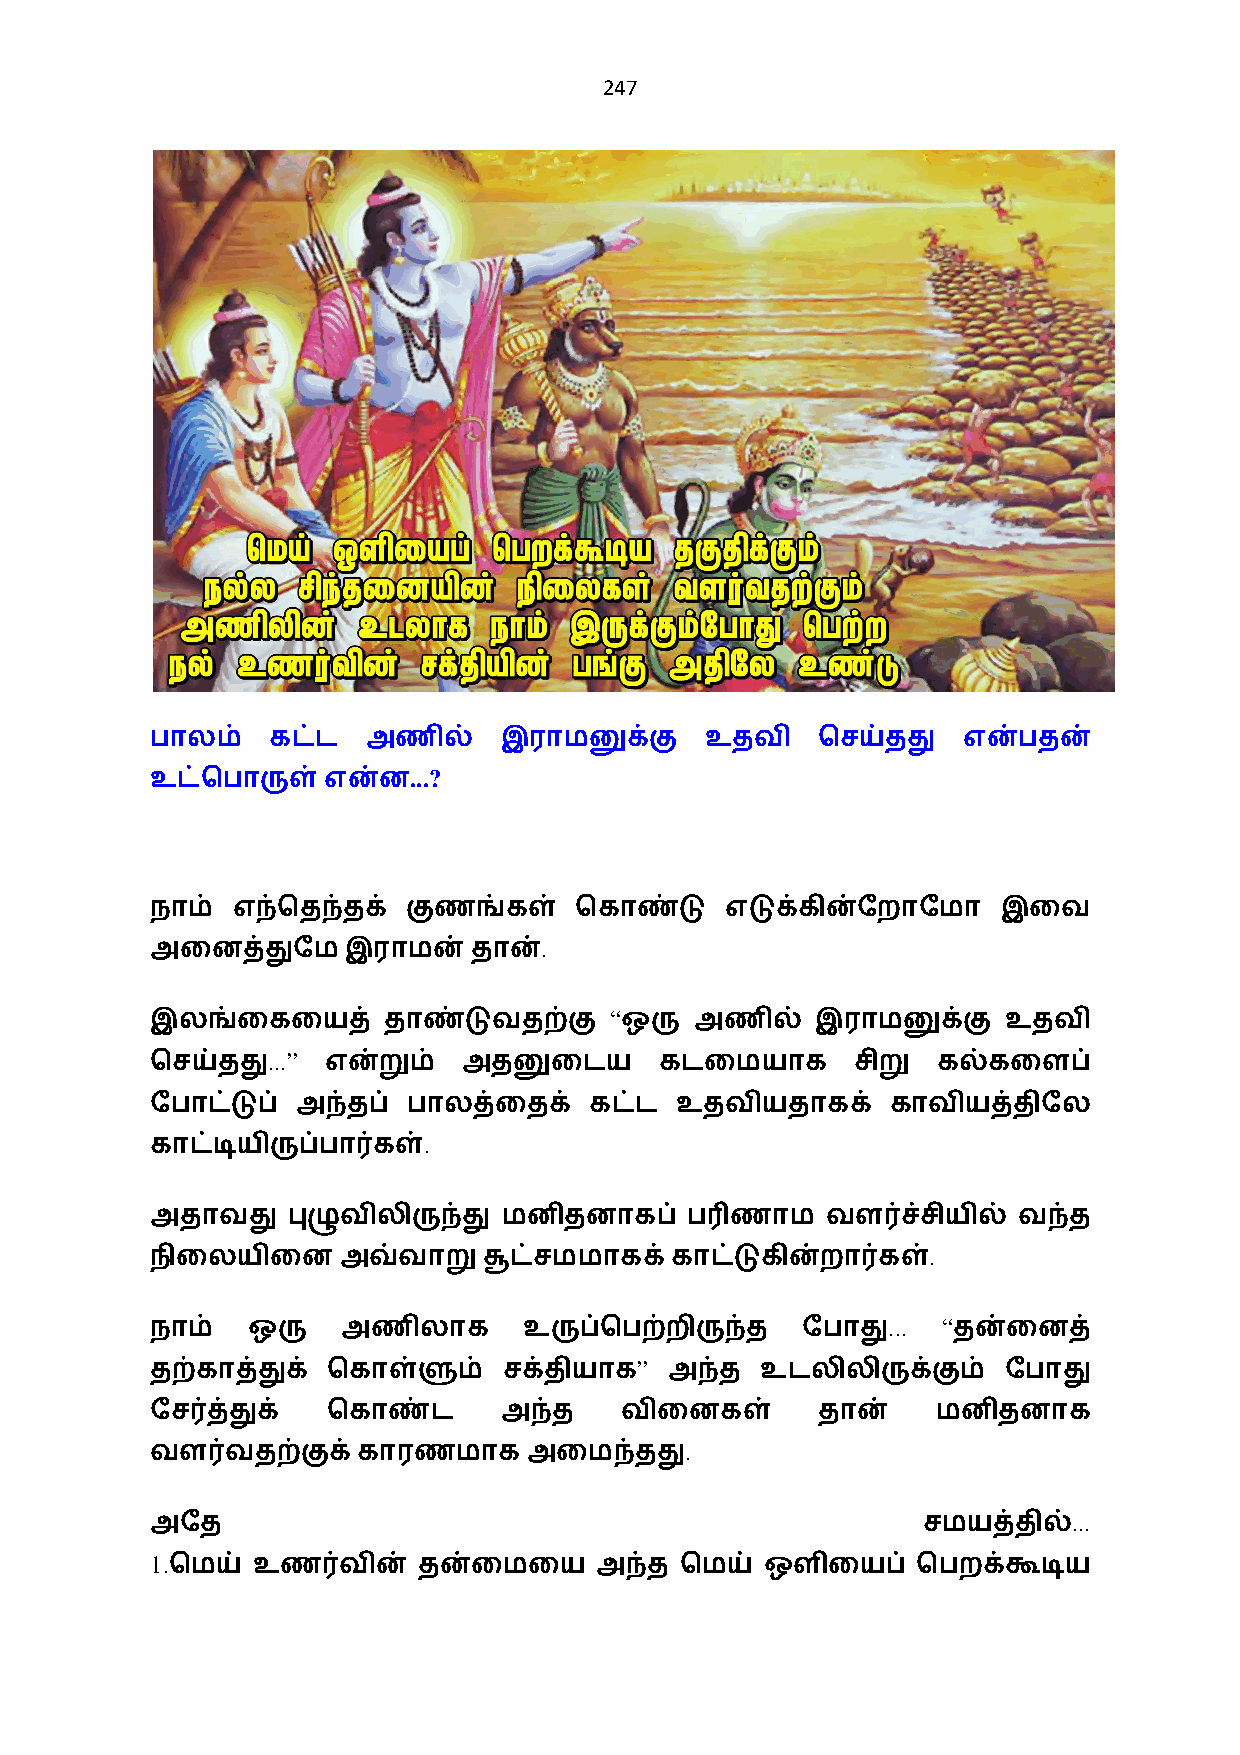
247
 பாலம்   கட்ட  அணில்    இராமனுக்கு    உதவி   ெசய்தது   என்பதன்
 ...?
 உட்ெபாருள் என்ன
 நாம் எந்ெதந்தக்  குணங்கள்   ெகாண்டு   எடுக்கின்ேறாேமா   இைவ
 .
 அைனத்துேமஇராமன்      தான்
 “
 இலங்ைகையத்     தாண்டுவதற்கு    ஒரு  அணில்   இராமனுக்கு   உதவி
 ...”
 ெசய்தது    என்றும்   அதனுைடய      கடைமயாக      சிறு கல்கைளப்
 ேபாட்டுப் அந்தப் பாலத்ைதக்   கட்ட  உதவியதாகக்    காவியத்திேல
 .
 காட்டியிருப்பா0கள்
 அதாவது   புழுவிலிருந்து மனிதனாகப்   ப3ணாம    வள0ச்சியில் வந்த
 .
 நிைலயிைன    அவ்வாறு   சூட்சமமாகக் காட்டுகின்றா0கள்
 ... “
 நாம்  ஒரு    அணிலாக      உருப்ெபற்றிருந்த  ேபாது     தன்ைனத்
 ”
 தற்காத்துக் ெகாள்ளும்  சக்தியாக   அந்த  உடலிலிருக்கும்   ேபாது
 ேச0த்துக்   ெகாண்ட     அந்த    விைனகள்      தான்    மனிதனாக
 .
 வள0வதற்குக்காரணமாக       அைமந்தது
 ...
 அேத                                                சமயத்தில்
 1.
 ெமய்  உண0வின்    தன்ைமைய    அந்த  ெமய்  ஒளிையப்   ெபறக்கூடிய